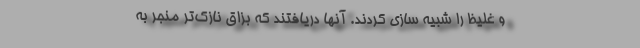
و غلیظ را شبیه سازی کردند. آنها دریافتند که بزاق نازک‌تر منجر به